Indian journal of veterinary science and animal husbandry - Volumes 15-17, 1948-1951
Year: 1948
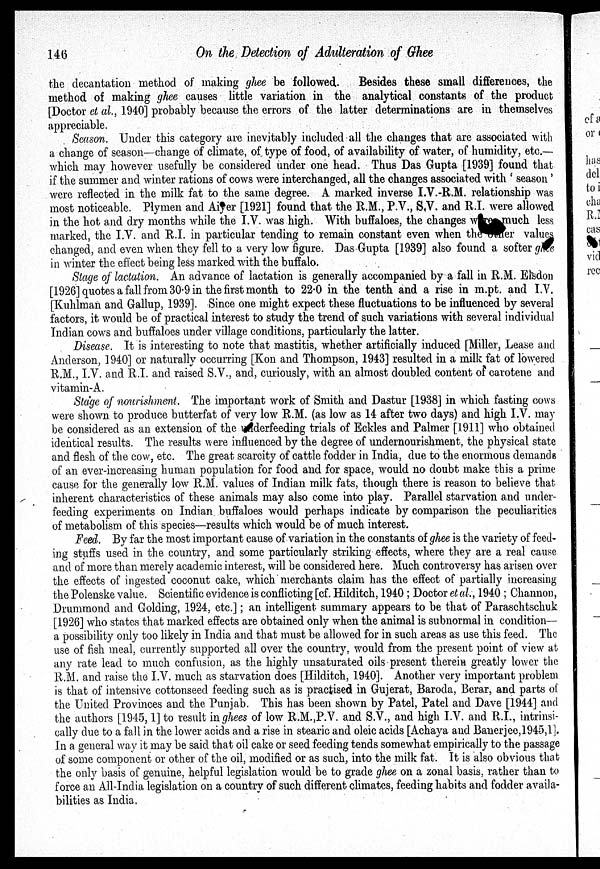
146
On the Detection of Adulteration of Ghee
the decantation method of making ghee be followed.
Besides these small differences, the
method of making ghee causes little variation in the analytical constants of the product
[Doctor et al., 1940] probably because the errors of the latter determinations are in themselves
appreciable.
Season. Under this category are inevitably included all the changes that are associated with
a change of season—change of climate, of type of food, of availability of water, of humidity, etc.—
which may however usefully be considered under one head. Thus Das Gupta [1939] found that
if the summer and winter rations of cows were interchanged, all the changes associated with ' season '
were reflected in the milk fat to the same degree. A marked inverse I.V.-R.M. relationship was
most noticeable. Plymen and Aiyer [1921] found that the R.M., P.V., S.V. and R.I. were allowed
in the hot and dry months while the I.V. was high. With buffaloes, the changes were much less
marked, the I.V. and R.I. in particular tending to remain constant even when the ner values
changed, and even when they fell to a very low figure. Das Gupta [1939] also found a softer ghee
in winter the effect being less marked with the buffalo.
Stage of lactation. An advance of lactation is generally accompanied by a fall in R.M. Elsdon
[1926] quotes a fall from 30.9 in the first month to 22.0 in the tenth and a rise in m.pt. and I.V.
[Kuhlman and Gallup, 1939]. Since one might expect these fluctuations to be influenced by several
factors, it would be of practical interest to study the trend of such variations with several individual
Indian cows and buffaloes under village conditions, particularly the latter.
Disease. It is interesting to note that mastitis, whether artificially induced [Miller, Lease and
Anderson, 1940] or naturally occurring [Kon and Thompson, 1943] resulted in a milk fat of lowered
R.M., I.V. and R.I. and raised S.V., and, curiously, with an almost doubled content of carotene and
vitamin-A.
Stage of nourishment. The important work of Smith and Dastur [1938] in which fasting cows
were shown to produce butterfat of very low R.M. (as low as 14 after two days) and high I.V. may
be considered as an extension of the derfeeding trials of Eckles and Palmer [1911] who obtained
identical results. The results were influenced by the degree of undernourishment, the physical state
and flesh of the cow, etc. The great scarcity of cattle fodder in India, due to the enormous demands
of an ever-increasing human population for food and for space, would no doubt make this a prime
cause for the generally low R.M. values of Indian milk fats, though there is reason to believe that
inherent characteristics of these animals may also come into play. Parallel starvation and under-
feeding experiments on Indian buffaloes would perhaps indicate by comparison the peculiarities
of metabolism of this species—results which would be of much interest.
Feed. By far the most important cause of variation in the constants of ghee is the variety of feed-
ing stuffs used in the country, and some particularly striking effects, where they are a real cause
and of more than merely academic interest, will be considered here. Much controversy has arisen over
the effects of ingested coconut cake, which merchants claim has the effect of partially increasing
the Polenske value. Scientific evidence is conflicting [cf. Hilditch, 1940 ; Doctor et al., 1940 ; Channon,
Drummond and Golding, 1924, etc.]; an intelligent summary appears to be that of Paraschtschuk
[1926] who states that marked effects are obtained only when the animal is subnormal in condition—
a possibility only too likely in India and that must be allowed for in such areas as use this feed. The
use of fish meal, currently supported all over the country, would from the present point of view at
any rate lead to much confusion, as the highly unsaturated oils present therein greatly lower the
R.M. and raise the I.V. much as starvation does [Hilditch, 1940]. Another very important problem
is that of intensive cottonseed feeding such as is practised in Gujerat, Baroda, Berar, and parts of
the United Provinces and the Punjab. This has been shown by Patel, Patel and Dave [1944] and
the authors [1945,1] to result in ghees of low R.M.,P.V. and S.V., and high I.V. and R.I., intrinsi-
cally due to a fall in the lower acids and a rise in stearic and oleic acids [Achaya and Banerjee, 1945,1].
In a general way it may be said that oil cake or seed feeding tends somewhat empirically to the passage
of some component or other of the oil, modified or as such, into the milk fat. It is also obvious that
the only basis of genuine, helpful legislation would be to grade ghee on a zonal basis. rather than to
force an All-India legislation on a country of such different climates, feeding habits and fodder availa-
bilities as India.